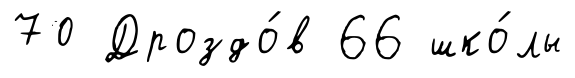
70 Дроздо́в 66 шко́лы